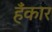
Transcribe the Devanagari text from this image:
हँकार